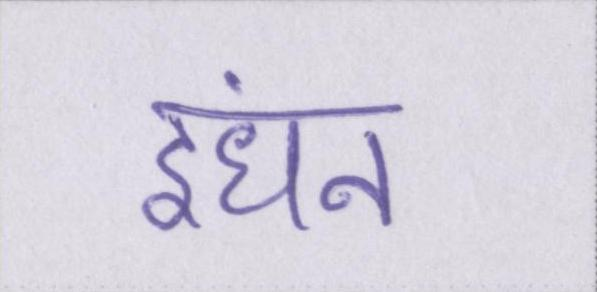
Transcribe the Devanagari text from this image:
इंधन